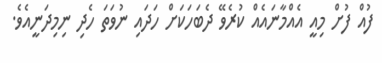
ފުއް ފުށް މިއީ އެއްމާނައެއް ކުރެވޭ ދެބަހަކަށް ހަދައި ނުވަތަ ހެދި ނިމިދަނީއެވެ.